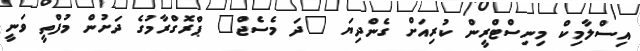
އިސްލާމިކް މިނިސްޓްރީން ކުރިއަށް ގެންދިޔަ "ދަ މެސެޖް" ޕްރޮގްރާމުގެ ދަށުން މުފްތީ ވަނީ